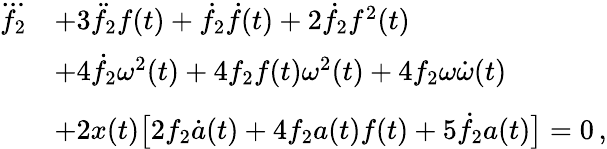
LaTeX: \begin{array}{rl}{\dddot{f_{2}}}&{+3\ddot{f}_{2}f(t)+\dot{f}_{2}\dot{f}(t)+2\dot{f}_{2}f^{2}(t)}\\ &{+4\dot{f}_{2}\omega^{2}(t)+4f_{2}f(t)\omega^{2}(t)+4f_{2}\omega\dot{\omega}(t)\vphantom{\left(\dot{f}_{2}\right)}}\\ &{+2x(t)\big[2f_{2}\dot{a}(t)+4f_{2}a(t)f(t)+5\dot{f}_{2}a(t)\big]=0\, ,}\end{array}